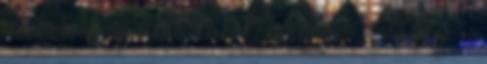
a kezeim, és imádkozok, hogy se Tobby se a